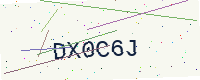
Text: DX0C6J